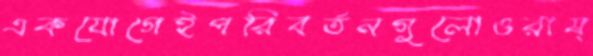
একযোগেইপরিবর্তনগুলোওরাষ্